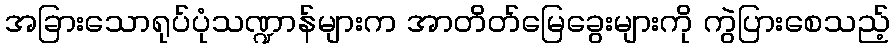
အခြားသောရုပ်ပုံသဏ္ဍာန်များက အာတိတ်မြေခွေးများကို ကွဲပြားစေသည့်